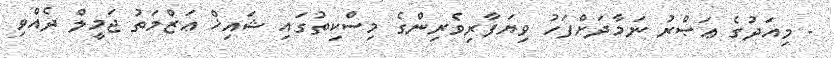
- މިއަދުގެ ޢަޞްރު ނަމާދަށްފަހު ވިޔަފާރިވެރިންގެ މިސްކިތުގައި ޝައިޚް ޢަޒްމަތު ޖަމީލް ދެއްވި